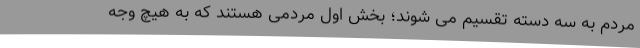
مردم به سه دسته تقسیم می شوند؛ بخش اول مردمی هستند که به هیچ وجه